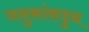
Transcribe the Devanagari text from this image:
जनुकांकडुन